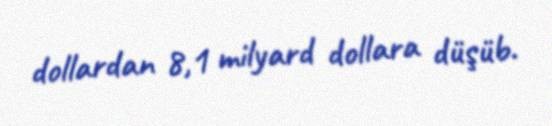
dollardan 8,1 milyard dollara düşüb.